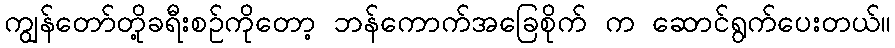
ကျွန်တော်တို့ခရီးစဉ်ကိုတော့ ဘန်ကောက်အခြေစိုက် က ဆောင်ရွက်ပေးတယ်။